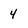
Character: 4